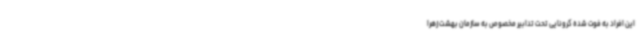
این افراد به فوت شده کرونایی تحت تدابیر مخصوص به سازمان بهشت زهرا